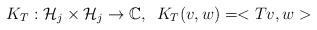
LaTeX: \begin{align*}K_{T}:\mathcal{H}_{j}\times\mathcal{H}_{j}\rightarrow\mathbb{C}\text{,\ \ }K_{T}(v,w)=<Tv,w> \end{align*}